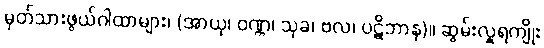
မှတ်သားဖွယ်ဂါထာများ၊ (အာယု၊ ဝဏ္ဏ၊ သုခ၊ ဗလ၊ ပဋိဘာန)။ ဆွမ်းလှူရကျိုး